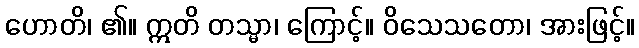
ဟောတိ၊ ၏။ ဣတိ တသ္မာ၊ ကြောင့်။ ဝိသေသတော၊ အားဖြင့်။